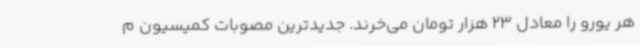
هر یورو را معادل 23 هزار تومان می‌خرند. جدیدترین مصوبات کمیسیون م